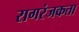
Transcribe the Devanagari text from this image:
रागरंजकता